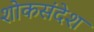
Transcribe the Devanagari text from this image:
शोकसंदेश